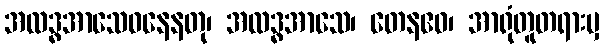
အလဒ္ဓအာသေဝနေနတု၊ အလဒ္ဓအာသေ၊ တေနဧဝ၊ အာရုံတူတရားမှ